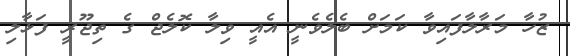
ޒުހާ މަރާލާފައިވާ ކަމަށް ބެލެވެނީ އެއީ ވިލާ ކޮލެޖް ގެ ތިޖޫރީ ފަޅާލި